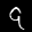
Label: 9